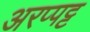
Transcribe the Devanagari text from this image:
अरप्पट्ट